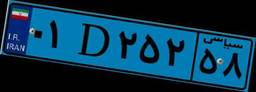
۰۱D۲۵۲۵۸